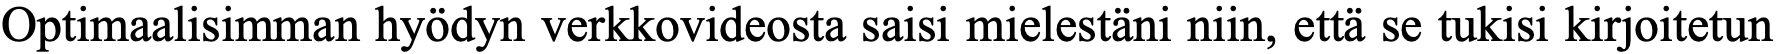
Optimaalisimman hyödyn verkkovideosta saisi mielestäni niin, että se tukisi kirjoitetun